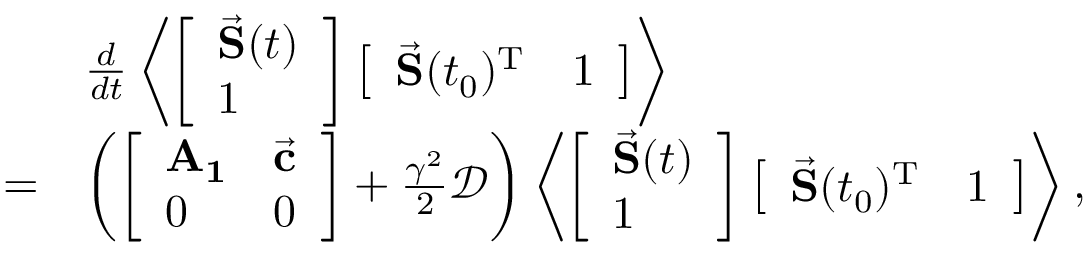
\begin{array} { r l } & { \frac { d } { d t } \left< \left[ \begin{array} { l } { \vec { \mathbf { S } } ( t ) } \\ { 1 } \end{array} \right] \left[ \begin{array} { l l } { \vec { \mathbf { S } } ( t _ { 0 } ) ^ { \mathrm { T } } } & { 1 } \end{array} \right] \right> } \\ { = } & { \left( \left[ \begin{array} { l l } { \mathbf { A _ { 1 } } } & { \vec { \mathbf { c } } } \\ { 0 } & { 0 } \end{array} \right] + \frac { \gamma ^ { 2 } } 2 \mathcal { D } \right) \left< \left[ \begin{array} { l } { \vec { \mathbf { S } } ( t ) } \\ { 1 } \end{array} \right] \left[ \begin{array} { l l } { \vec { \mathbf { S } } ( t _ { 0 } ) ^ { \mathrm { T } } } & { 1 } \end{array} \right] \right> , } \end{array}